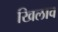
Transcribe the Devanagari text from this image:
खिलाव